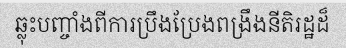
ឆ្លុះបញ្ចាំងពីការប្រឹងប្រែងពង្រឹងនីតិរដ្ឋដ៏